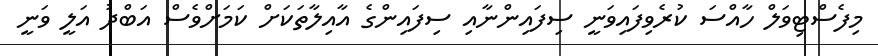
މިފެސްޓިވަލް ހާއްސަ ކުރެވިފައިވަނީ ސިފައިންނާއި ސިފައިންގެ އާއިލާތަކަށް ކަމަށްވެސް އަބްދު އަލީ ވަނީ